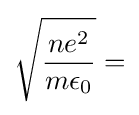
{\sqrt {\frac {ne^{2}}{m\epsilon _{0}}}}=